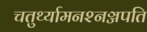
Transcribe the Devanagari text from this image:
चतुर्थ्यामनश्नञ्जपति